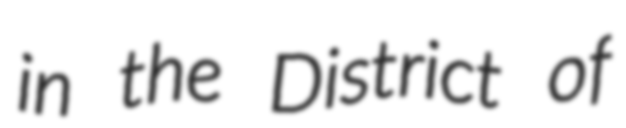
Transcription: in the District of